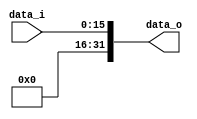
module Zero_Filled( data_i, data_o );

//I/O ports
input	[16-1:0] data_i;
output	[32-1:0] data_o;

//Internal Signals
wire	[32-1:0] data_o;

//Zero_Filled
/*your code here*/
assign data_o={16'b0,data_i};

endmodule